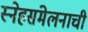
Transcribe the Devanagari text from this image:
स्नेहसंमेलनाची